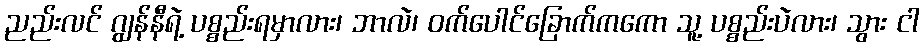
ညည်းလင် ဂျွန်နီရဲ့ ပစ္စည်းရမှာလား၊ ဘာလဲ၊ ဝက်ပေါင်ခြောက်ကကော သူ့ ပစ္စည်းပဲလား၊ သွား ငါ